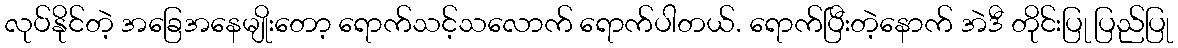
လုပ်နိုင်တဲ့ အခြေအနေမျိုးတော့ ရောက်သင့်သလောက် ရောက်ပါတယ်. ရောက်ပြီးတဲ့နောက် အဲဒီ တိုင်းပြု ပြည်ပြု